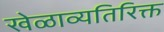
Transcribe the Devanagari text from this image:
खेळाव्यतिरिक्त